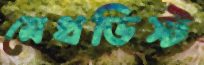
মেথডিস্ট